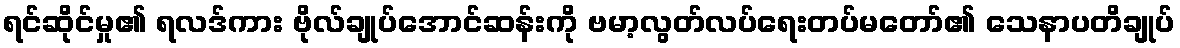
ရင်ဆိုင်မှု၏ ရလဒ်ကား ဗိုလ်ချုပ်အောင်ဆန်းကို ဗမာ့လွတ်လပ်ရေးတပ်မတော်၏ သေနာပတိချုပ်